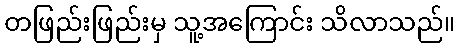
တဖြည်းဖြည်းမှ သူ့အကြောင်း သိလာသည်။